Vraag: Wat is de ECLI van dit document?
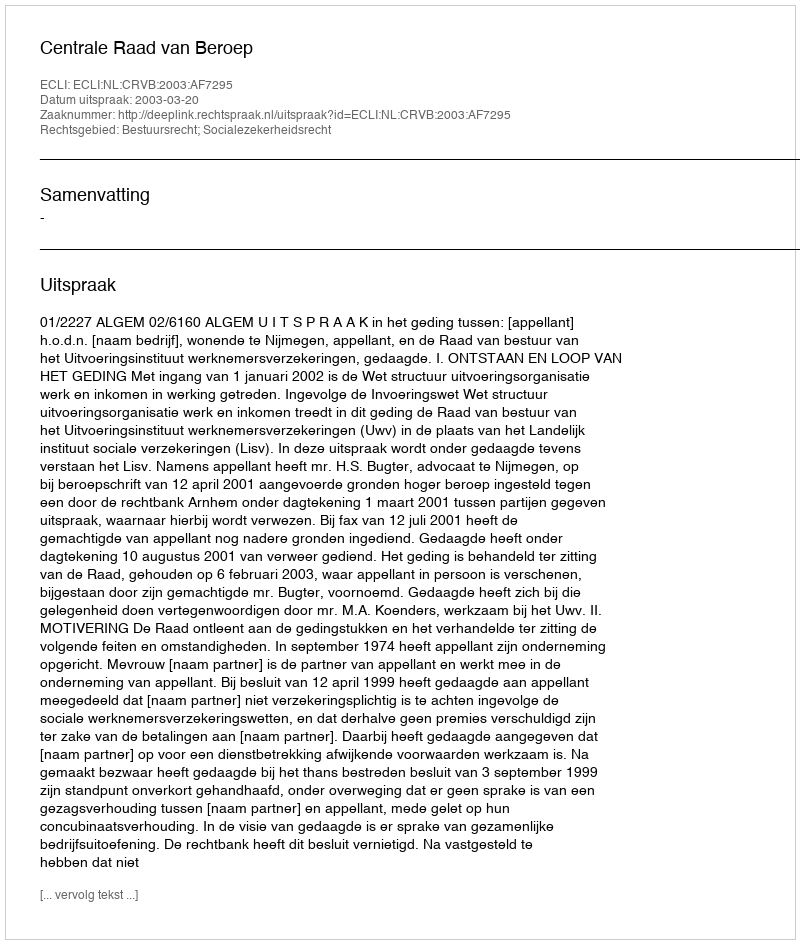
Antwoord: ECLI:NL:CRVB:2003:AF7295